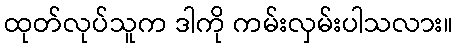
ထုတ်လုပ်သူက ဒါကို ကမ်းလှမ်းပါသလား။